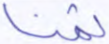
ثمنا